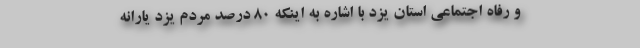
و رفاه اجتماعی استان یزد با اشاره به اینکه ۸۰ درصد مردم یزد یارانه